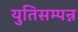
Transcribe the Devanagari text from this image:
युतिसम्पन्न